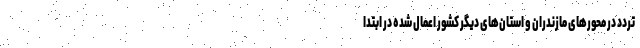
تردد در محورهای مازندران و استان‌های دیگر کشور اعمال شده در ابتدا